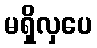
မရှိလှပေ